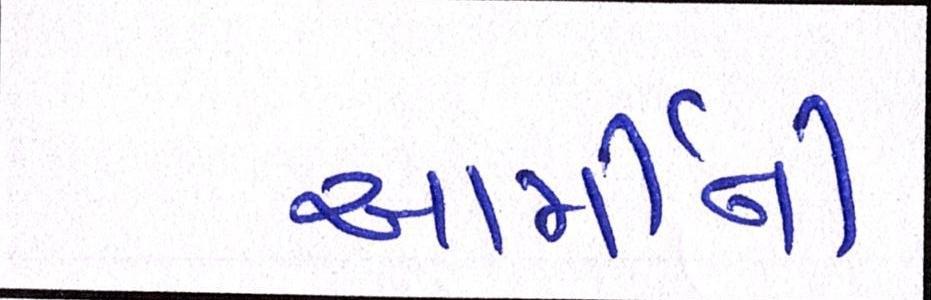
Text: આર્મીની